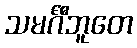
သမင်္ဂီဘူတေ